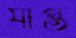
যাপ্ত